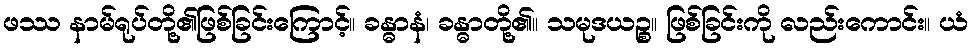
ဖဿ နာမ်ရုပ်တို့၏ဖြစ်ခြင်းကြောင့်။ ခန္ဓာနံ၊ ခန္ဓာတို့၏။ သမုဒယဉ္စ။ ဖြစ်ခြင်းကို လည်းကောင်း။ ယံ